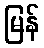
မြန်